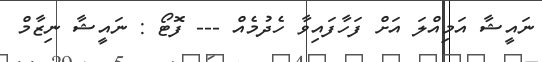
ނައީޝާ އަމިއްލަ އަށް ފަހާފައިވާ ހެދުމެއް --- ފޮޓޯ : ނައީޝާ ނިޒާމް